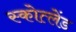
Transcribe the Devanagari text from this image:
स्कोत्लेंड